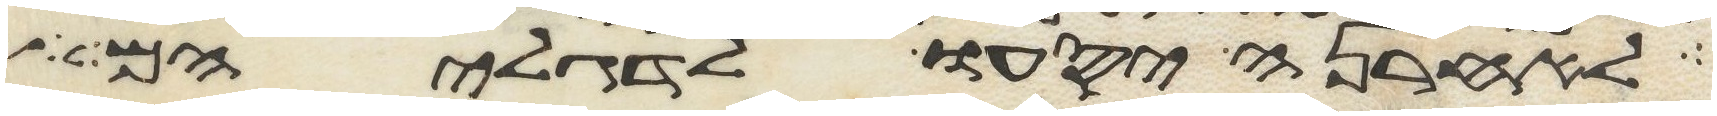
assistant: לאחרנה יסעו לדגליהם